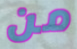
من